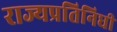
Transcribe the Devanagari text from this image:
राज्यप्रतिनिधी